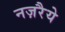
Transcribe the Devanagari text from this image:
नज़रैये